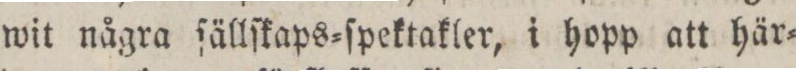
wit några ſällſkaps=ſpektakler, i hopp att här=